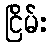
ငြိမ်း